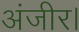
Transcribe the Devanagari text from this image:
अंजीर।